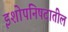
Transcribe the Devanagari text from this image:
इशोपनिषदातील